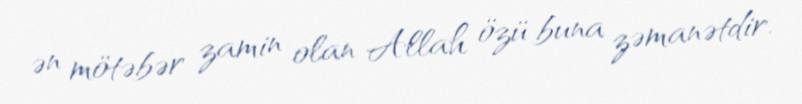
ən mötəbər zamin olan Allah özü buna zəmanətdir.